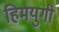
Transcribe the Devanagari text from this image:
हिमयुगी